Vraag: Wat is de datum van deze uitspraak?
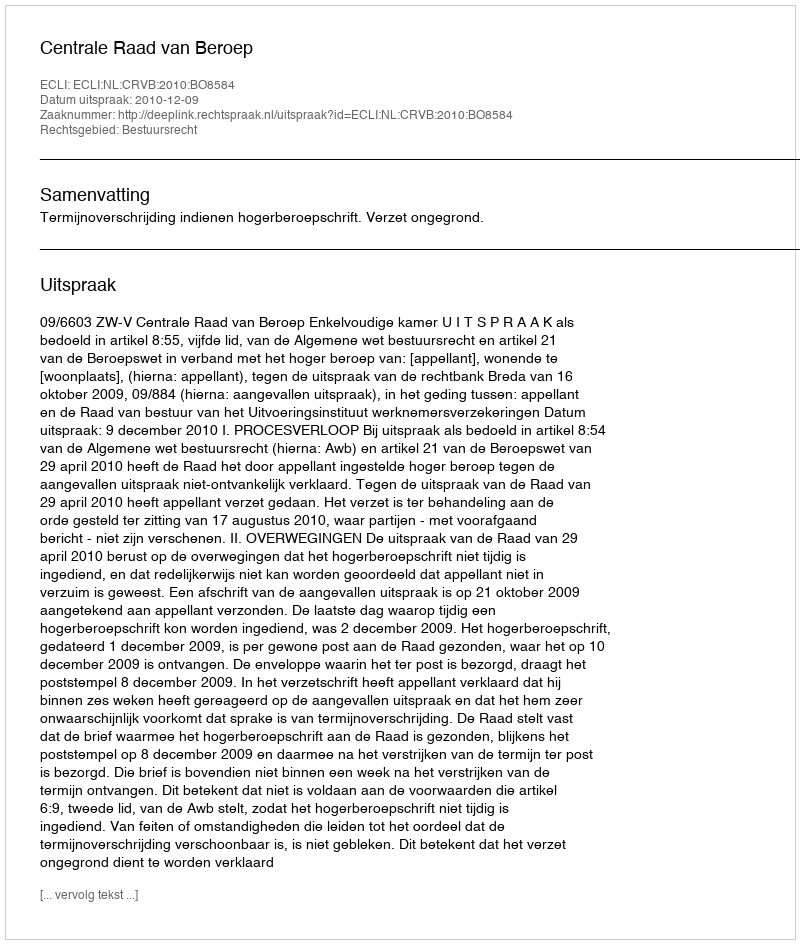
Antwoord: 2010-12-09